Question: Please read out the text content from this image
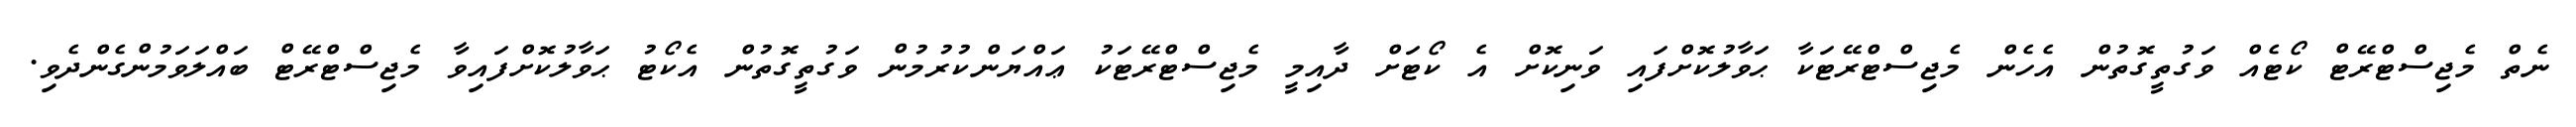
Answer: ނެތް މެޖިސްޓްރޭޓް ކޯޓެއް ވަގުތީގޮތުން އެހެން މެޖިސްޓްރޭޓަކާ ޙަވާލުކޮށްފައި ވަނިކޮށް އެ ކޯޓަށް ދާއިމީ މެޖިސްޓްރޭޓަކު ޢައްޔަންކުރުމުން ވަގުތީގޮތުން އެކޯޓު ޙަވާލުކޮށްފައިވާ މެޖިސްޓްރޭޓް ބައްލަވަމުންގެންދެވި.